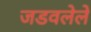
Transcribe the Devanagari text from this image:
जडवलेले